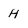
Character: H